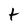
Character: t